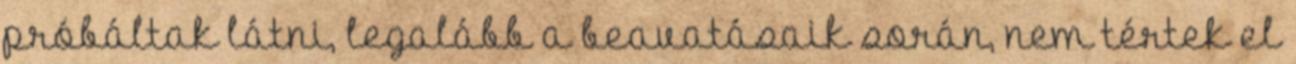
próbáltak látni, legalább a beavatásaik során, nem tértek el